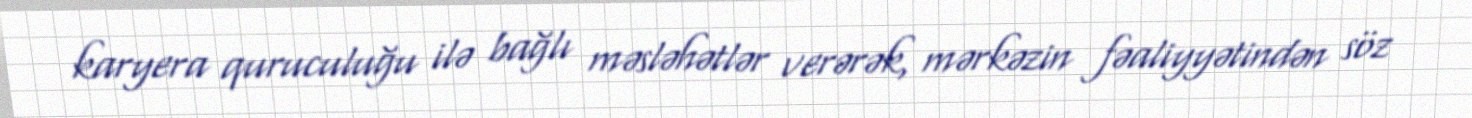
karyera quruculuğu ilə bağlı məsləhətlər verərək, mərkəzin fəaliyyətindən söz